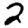
Digit: 2